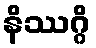
နိဿဂ္ဂိ